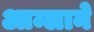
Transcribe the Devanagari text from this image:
आम्लाने